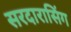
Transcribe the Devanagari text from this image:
सरदारासिंग